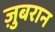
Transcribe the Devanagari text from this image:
ज़ुबरान